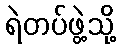
ရဲတပ်ဖွဲ့သို့